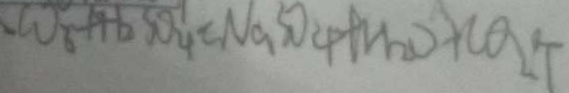
C O _ { 6 } + H _ { 2 } S O ^ { \prime } _ { 4 } = N a S O _ { 4 } + H _ { 2 } O + C O _ { 2 } \uparrow